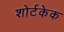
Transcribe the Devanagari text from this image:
शोर्टकेक